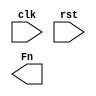
// StudentID StudentName

module exam1_B (clk, rst, Fn);
    input clk, rst;
    output [19:0] Fn;

    // add your design here
    
endmodule